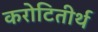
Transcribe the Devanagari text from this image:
करोटितीर्थ